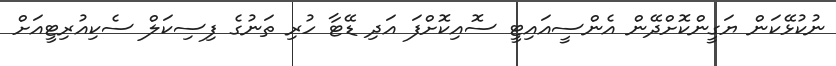
ނުކުޅޭކަން ޔަގީންކޮށްދޭން އެންސީއައިޓީ ސޮއިކޮށްފަ އަދި ޑޭޓާ ހުރި ތަނުގެ ފިސިކަލް ސެކިއުރިޓީއަށް